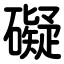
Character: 礙